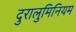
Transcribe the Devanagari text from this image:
दुरालुमिनियम